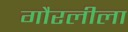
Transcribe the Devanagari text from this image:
गौरलीला